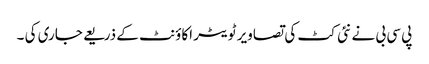
پی سی بی نے نئی کٹ کی تصاویر ٹویٹر اکاؤنٹ کے ذریعے جاری کی ۔